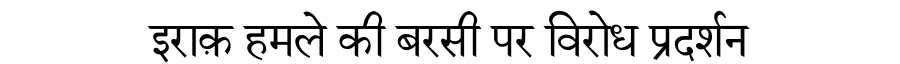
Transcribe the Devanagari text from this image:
इराक़ हमले की बरसी पर विरोध प्रदर्शन